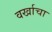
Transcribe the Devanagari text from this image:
वर्खाचा